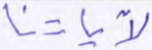
لآياتنا